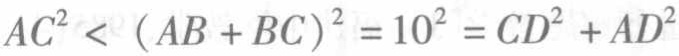
\(AC^{2}<(AB + BC)^{2}=10^{2}=CD^{2}+AD^{2}\)